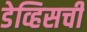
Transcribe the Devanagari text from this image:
डेव्हिसची